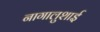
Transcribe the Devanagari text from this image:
नागालुशाई